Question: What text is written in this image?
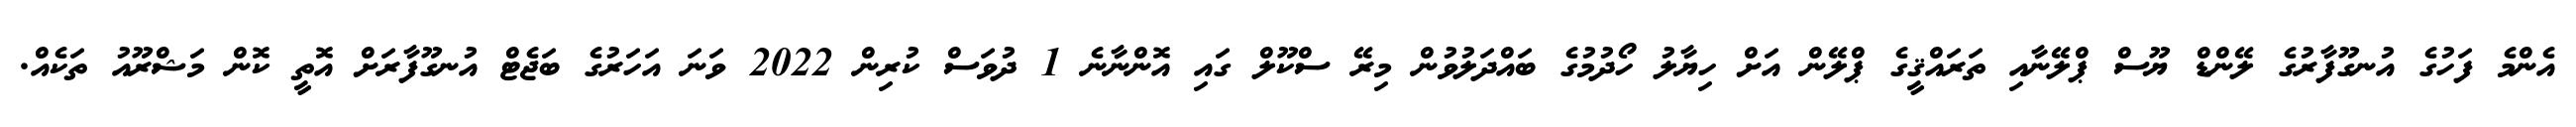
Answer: އެންމެ ފަހުގެ އުނގޫފާރުގެ ލޭންޑް ޔޫސް ޕްލޭނާއި ތަރައްޤީގެ ޕްލޭން އަށް ހިޔާލު ހޯދުމުގެ ބައްދަލުވުން މިރޭ ސްކޫލް ގައި އޮންނާނެ 1 ދުވަސް ކުރިން 2022 ވަނަ އަހަރުގެ ބަޖެޓް އުނގޫފާރަށް އޮތީ ކޮން މަޝްރޫއު ތަކެއް.